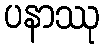
ပနာဿု